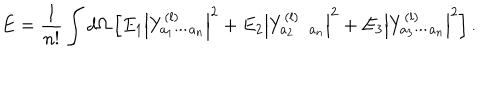
LaTeX: E = { \frac { 1 } { n ! } } \int d \Omega \left[ E _ { 1 } \left| Y _ { a _ { 1 } \cdots a _ { n } } ^ { ( l ) } \right| ^ { 2 } + E _ { 2 } \left| Y _ { a _ { 2 } \cdots a _ { n } } ^ { ( l ) } \right| ^ { 2 } + E _ { 3 } \left| Y _ { a _ { 3 } \cdots a _ { n } } ^ { ( l ) } \right| ^ { 2 } \right] .